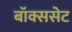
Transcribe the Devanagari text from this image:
बॉक्ससेट